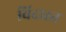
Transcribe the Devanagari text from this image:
विदधत